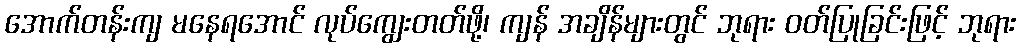
အောက်တန်းကျ မနေရအောင် လုပ်ကျွေးတတ်ဖို့၊ ကျန် အချိန်များတွင် ဘုရား ဝတ်ပြုခြင်းဖြင့် ဘုရား